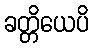
ခတ္တိယေပိ